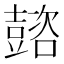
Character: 𡕆